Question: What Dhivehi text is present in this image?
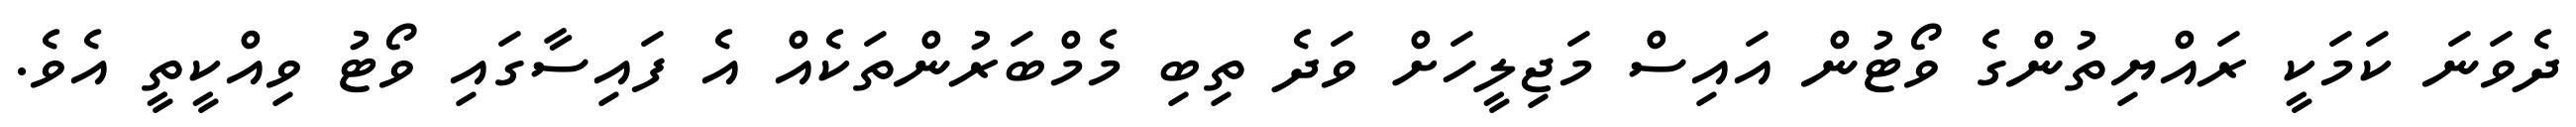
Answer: ދެވަނަ ކަމަކީ ރައްޔިތުންގެ ވޯޓުން އައިސް މަޖިލީހަށް ވަދެ ތިބި މެމްބަރުންތަކެއް އެ ފައިސާގައި ވޯޓު ވިއްކީތީ އެވެ.